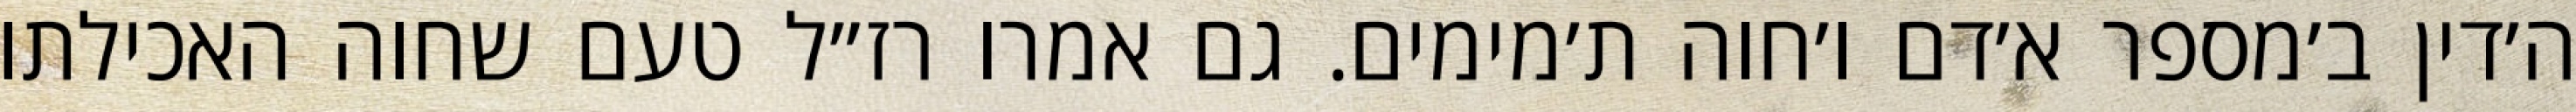
ה׳דין ב׳מספר א׳דם ו׳חוה ת׳מימים. גם אמרו רז״ל טעם שחוה האכילתו